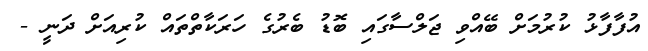
އުފާފާޅު ކުރުމަށް ބޭއްވި ޖަލްސާގައި ބޮޑު ބެރުގެ ހަރަކާތްތައް ކުރިއަށް ދަނީ -